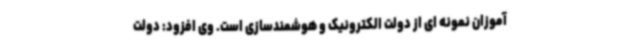
آموزان نمونه ای از دولت الکترونیک و هوشمندسازی است. وی افزود: دولت